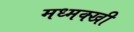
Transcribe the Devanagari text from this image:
मध्मक्खी